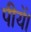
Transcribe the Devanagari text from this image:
पीयें।